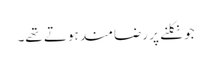
جو نکلنے پر رضامند ہوتے تھے۔